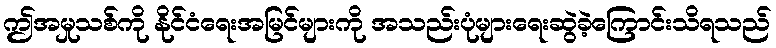
ဤအမှုသစ်ကို နိုင်ငံရေးအမြင်များကို အသည်းပုံများရေးဆွဲခဲ့ကြောင်းသိရသည်